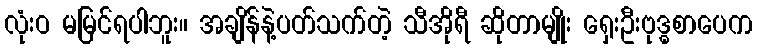
လုံးဝ မမြင်ရပါဘူး။ အချိန်နဲ့ပတ်သက်တဲ့ သီအိုရီ ဆိုတာမျိုး ရှေးဦးဗုဒ္ဓစာပေက